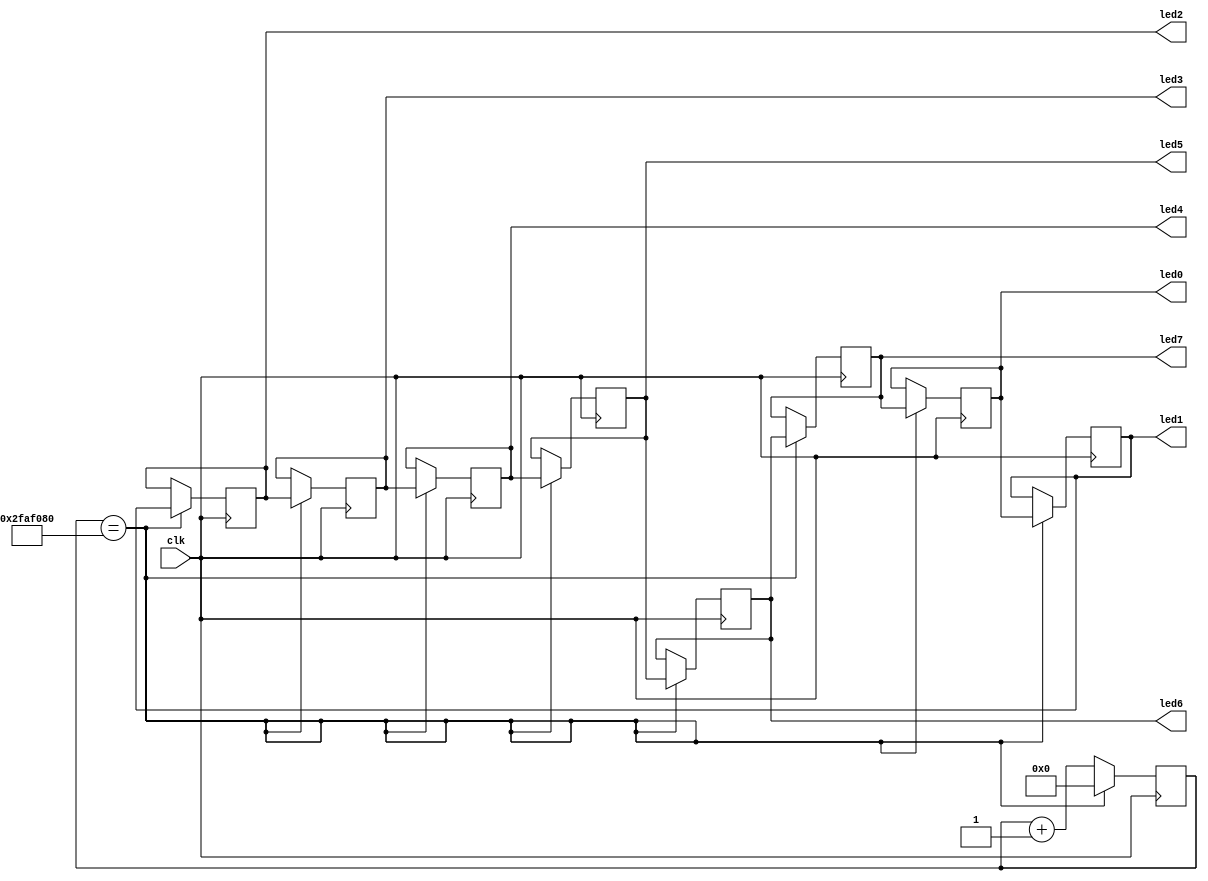
`timescale 1ns / 1ps
//////////////////////////////////////////////////////////////////////////////////
// Company: 
// Engineer: 
// 
// Design Name: 
// Module Name:    rippling_leds 
// Project Name: 
// Target Devices: 
// Tool versions: 
// Description: 
//
// Dependencies: 
//
// Revision: 
// Revision 0.01 - File Created
// Additional Comments: 
//
//////////////////////////////////////////////////////////////////////////////////
`define SHIFT_TIME 50000000

module rippling_leds(clk, led0, led1, led2, led3, led4, led5, led6, led7);
	input clk;
	output led0, led1, led2, led3, led4, led5, led6, led7;
	reg led0 = 1'b1, led1=1'b0, led2=1'b0, led3=1'b0, led4=1'b0, led5=1'b0, led6=1'b0, led7=1'b0;
	reg [31:0] counter = 0;
	
	always @(posedge clk) begin
		counter <= counter + 1;
		if (counter == `SHIFT_TIME) begin
			counter <= 0;
			led1 <= led0;
			led2 <= led1;
			led3 <= led2;
			led4 <= led3;
			led5 <= led4;
			led6 <= led5;
			led7 <= led6;
			led0 <= led7;
		end
	end
endmodule